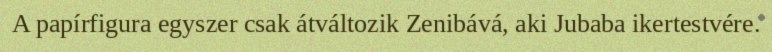
A papírfigura egyszer csak átváltozik Zenibává, aki Jubaba ikertestvére.